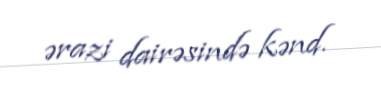
ərazi dairəsində kənd.